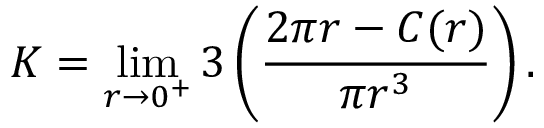
K = \operatorname* { l i m } _ { r \to 0 ^ { + } } 3 \left( { \frac { 2 \pi r - C ( r ) } { \pi r ^ { 3 } } } \right) .